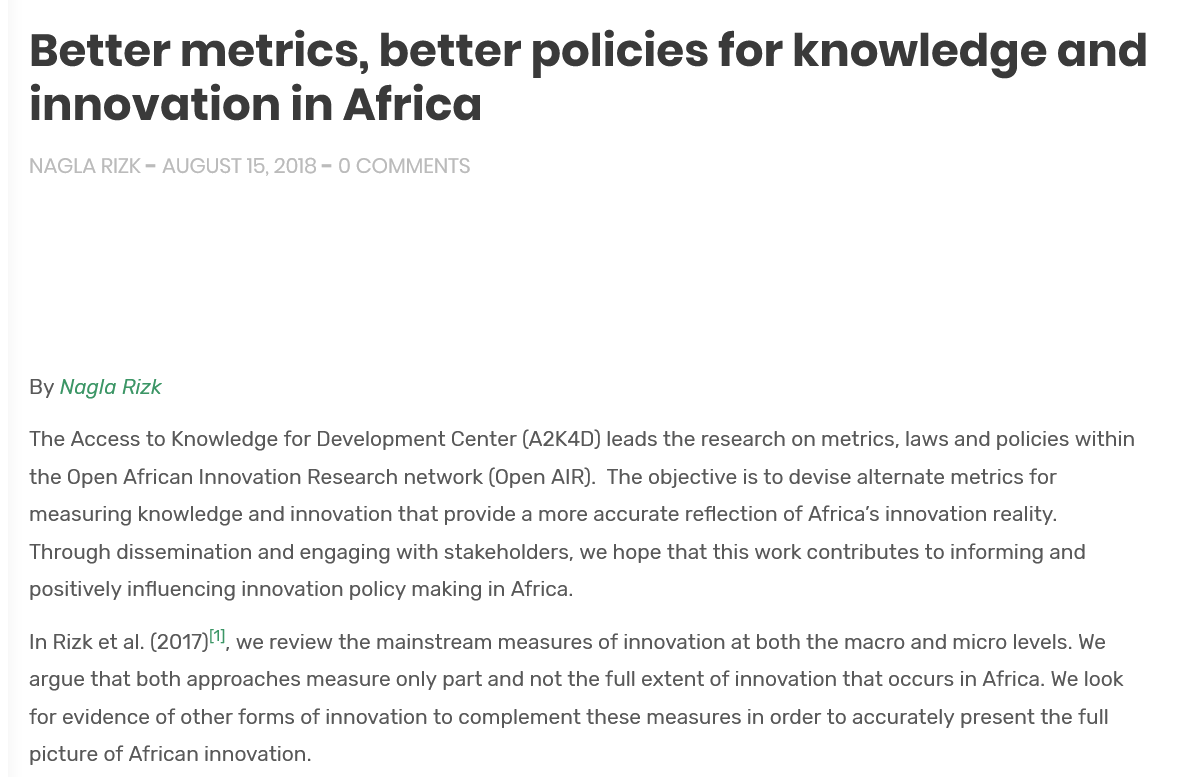
Better    metrics,    better    policies    for    knowledge    and
   innovation    in    Africa
   NAGLA RIZK = AUGUST 15, 2018 = 0 COMMENTS
   By Nagla Rizk
   The Access to Knowledge for Development Center (A2K4D) leads the research on metrics, laws and policies within
   the Open African Innovation Research network (Open AIR). The objective is to devise alternate metrics for
   measuring knowledge and innovation that provide a more accurate reflection of Africa’s innovation reality.
   Through dissemination and engaging with stakeholders, we hope that this work contributes to informing and
   positively influencing innovation policy making in Africa.
   In Rizk et al. (2017), we review the mainstream measures of innovation at both the macro and micro levels. We
   argue that both approaches measure only part and not the full extent of innovation that occurs in Africa. We look
   for evidence of other forms of innovation to complement these measures in order to accurately present the full
   picture of African innovation.